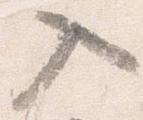
入